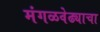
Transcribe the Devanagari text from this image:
मंगळवेढ्याचा